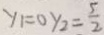
y _ { 1 } = 0 y _ { 2 } = \frac { 5 } { 2 }